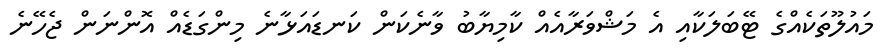
މައުލޫތަކެއްގެ ޓޭބަލަކާއި އެ މަޝްވަރާއެއް ކާމިޔާބު ވާނެކަން ކަނޑައަޅާނެ މިންގަޑެއް އޮންނަން ޖެހޭނެ